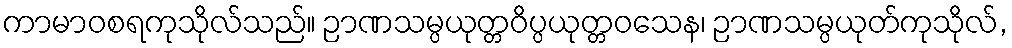
ကာမာဝစရကုသိုလ်သည်။ ဉာဏသမ္ပယုတ္တဝိပ္ပယုတ္တဝသေန၊ ဉာဏသမ္ပယုတ်ကုသိုလ်,